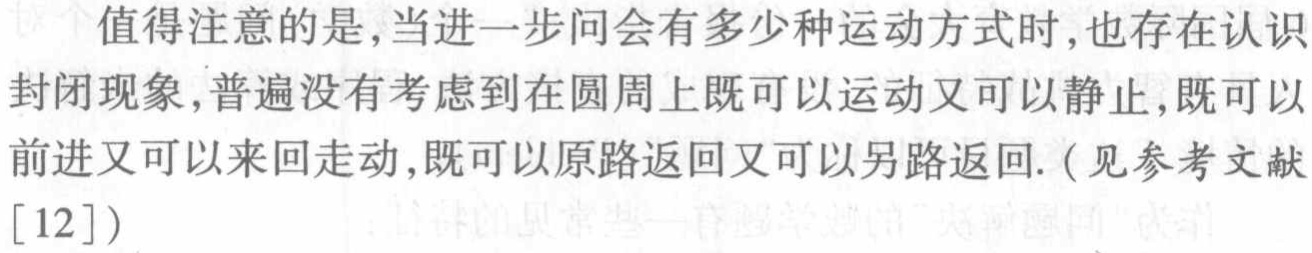
值得注意的是,当进一步问会有多少种运动方式时,也存在认识
封闭现象,普遍没有考虑到在圆周上既可以运动又可以静止,既可以
前进又可以来回走动,既可以原路返回又可以另路返回. (见参考文献
[12])